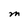
Character: M